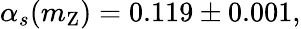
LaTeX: \alpha_{s}(m_{\mathrm{Z}})=0.119\pm 0.001,